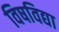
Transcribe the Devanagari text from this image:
विषविद्या